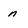
Character: n